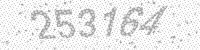
Solution: 253164